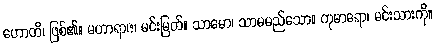
ဟောတိ၊ ဖြစ်၏။ မဟာရာဇ၊ မင်းမြတ်။ သာမော၊ သာမမည်သော။ ကုမာရော၊ မင်းသားကို။